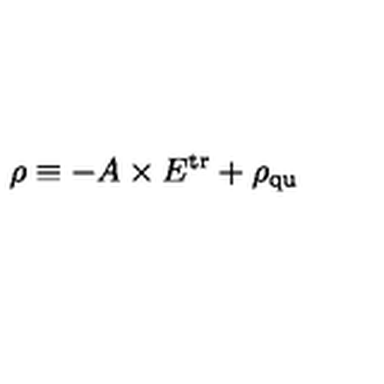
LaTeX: \rho \equiv - A \times E ^ { \mathrm { t r } } + \rho _ { \mathrm { q u } }